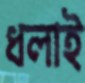
ধলাই